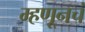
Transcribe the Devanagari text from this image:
म्हणूनचं